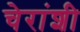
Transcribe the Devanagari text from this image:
चेरांशी